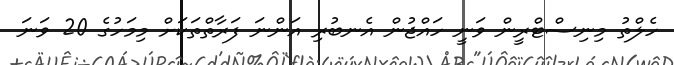
ހެލްތު މިނިސްޓްރީން ވަނީ ހައްޖުން އެނބުރި އަންނަ ފަރާތްތަކަށް މިމަހުގެ 20 ވަނަ